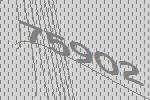
75902